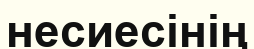
несиесінің